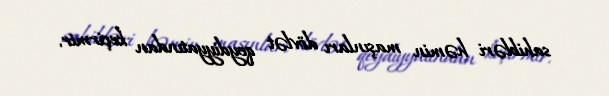
sahibləri həmin maşınları dövlət qeydiyyatından keçirmir.